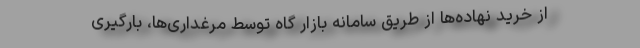
از خرید نهاده‌ها از طریق سامانه بازار گاه توسط مرغداری‌ها، بارگیری